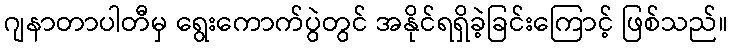
ဂျနာတာပါတီမှ ရွေးကောက်ပွဲတွင် အနိုင်ရရှိခဲ့ခြင်းကြောင့် ဖြစ်သည်။